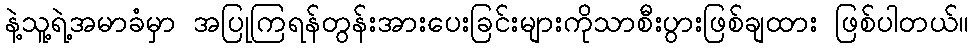
နဲ့သူ့ရဲ့အမာခံမှာ အပြုကြရန်တွန်းအားပေးခြင်းများကိုသာစီးပွားဖြစ်ချထား ဖြစ်ပါတယ်။